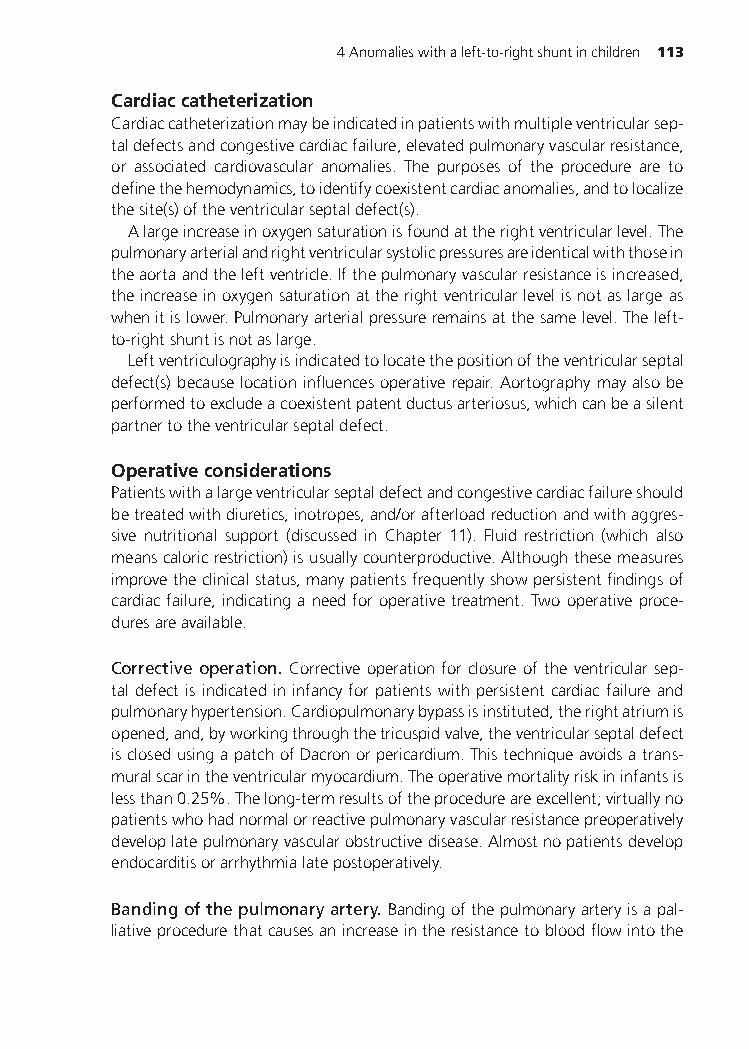
4Anomalieswithaleft-to-rightshuntinchildren 113
 Cardiaccatheterization
 Cardiaccatheterizationmaybeindicatedinpatientswithmultipleventricularsep-
 taldefectsandcongestivecardiacfailure,elevatedpulmonaryvascularresistance,
 or associated cardiovascular anomalies. The purposes of the procedure are to
 definethehemodynamics,toidentifycoexistentcardiacanomalies,andtolocalize
 thesite(s)oftheventricularseptaldefect(s).
 Alargeincreaseinoxygensaturationisfoundattherightventricularlevel.The
 pulmonaryarterialandrightventricularsystolicpressuresareidenticalwiththosein
 theaortaandtheleftventricle.Ifthepulmonaryvascularresistanceisincreased,
 theincreaseinoxygensaturationattherightventricularlevelisnotaslargeas
 whenitislower.Pulmonaryarterialpressureremainsatthesamelevel.Theleft-
 to-rightshuntisnotaslarge.
 Leftventriculographyisindicatedtolocatethepositionoftheventricularseptal
 defect(s)becauselocationinfluencesoperativerepair.Aortographymayalsobe
 performedtoexcludeacoexistentpatentductusarteriosus,whichcanbeasilent
 partnertotheventricularseptaldefect.
 Operativeconsiderations
 Patientswithalargeventricularseptaldefectandcongestivecardiacfailureshould
 betreatedwithdiuretics,inotropes,and/orafterloadreductionandwithaggres-
 sive nutritional support (discussed in Chapter 11). Fluid restriction (which also
 meanscaloricrestriction)isusuallycounterproductive.Althoughthesemeasures
 improvetheclinicalstatus,manypatientsfrequentlyshowpersistentfindingsof
 cardiacfailure,indicatinganeedforoperativetreatment.Twooperativeproce-
 duresareavailable.
 Corrective operation. Correctiveoperationforclosureoftheventricularsep-
 taldefectis indicatedininfancy for patientswithpersistent cardiacfailureand
 pulmonaryhypertension.Cardiopulmonarybypassisinstituted,therightatriumis
 opened,and,byworkingthroughthetricuspidvalve,theventricularseptaldefect
 isclosedusingapatchofDacronorpericardium.Thistechniqueavoidsatrans-
 muralscarintheventricularmyocardium.Theoperativemortalityriskininfantsis
 lessthan0.25%.Thelong-termresultsoftheprocedureareexcellent;virtuallyno
 patientswhohadnormalorreactivepulmonaryvascularresistancepreoperatively
 developlatepulmonaryvascularobstructivedisease.Almostnopatientsdevelop
 endocarditisorarrhythmialatepostoperatively.
 Bandingofthepulmonaryartery. Bandingofthepulmonaryarteryisapal-
 liativeprocedurethatcausesanincreaseintheresistancetobloodflowintothe